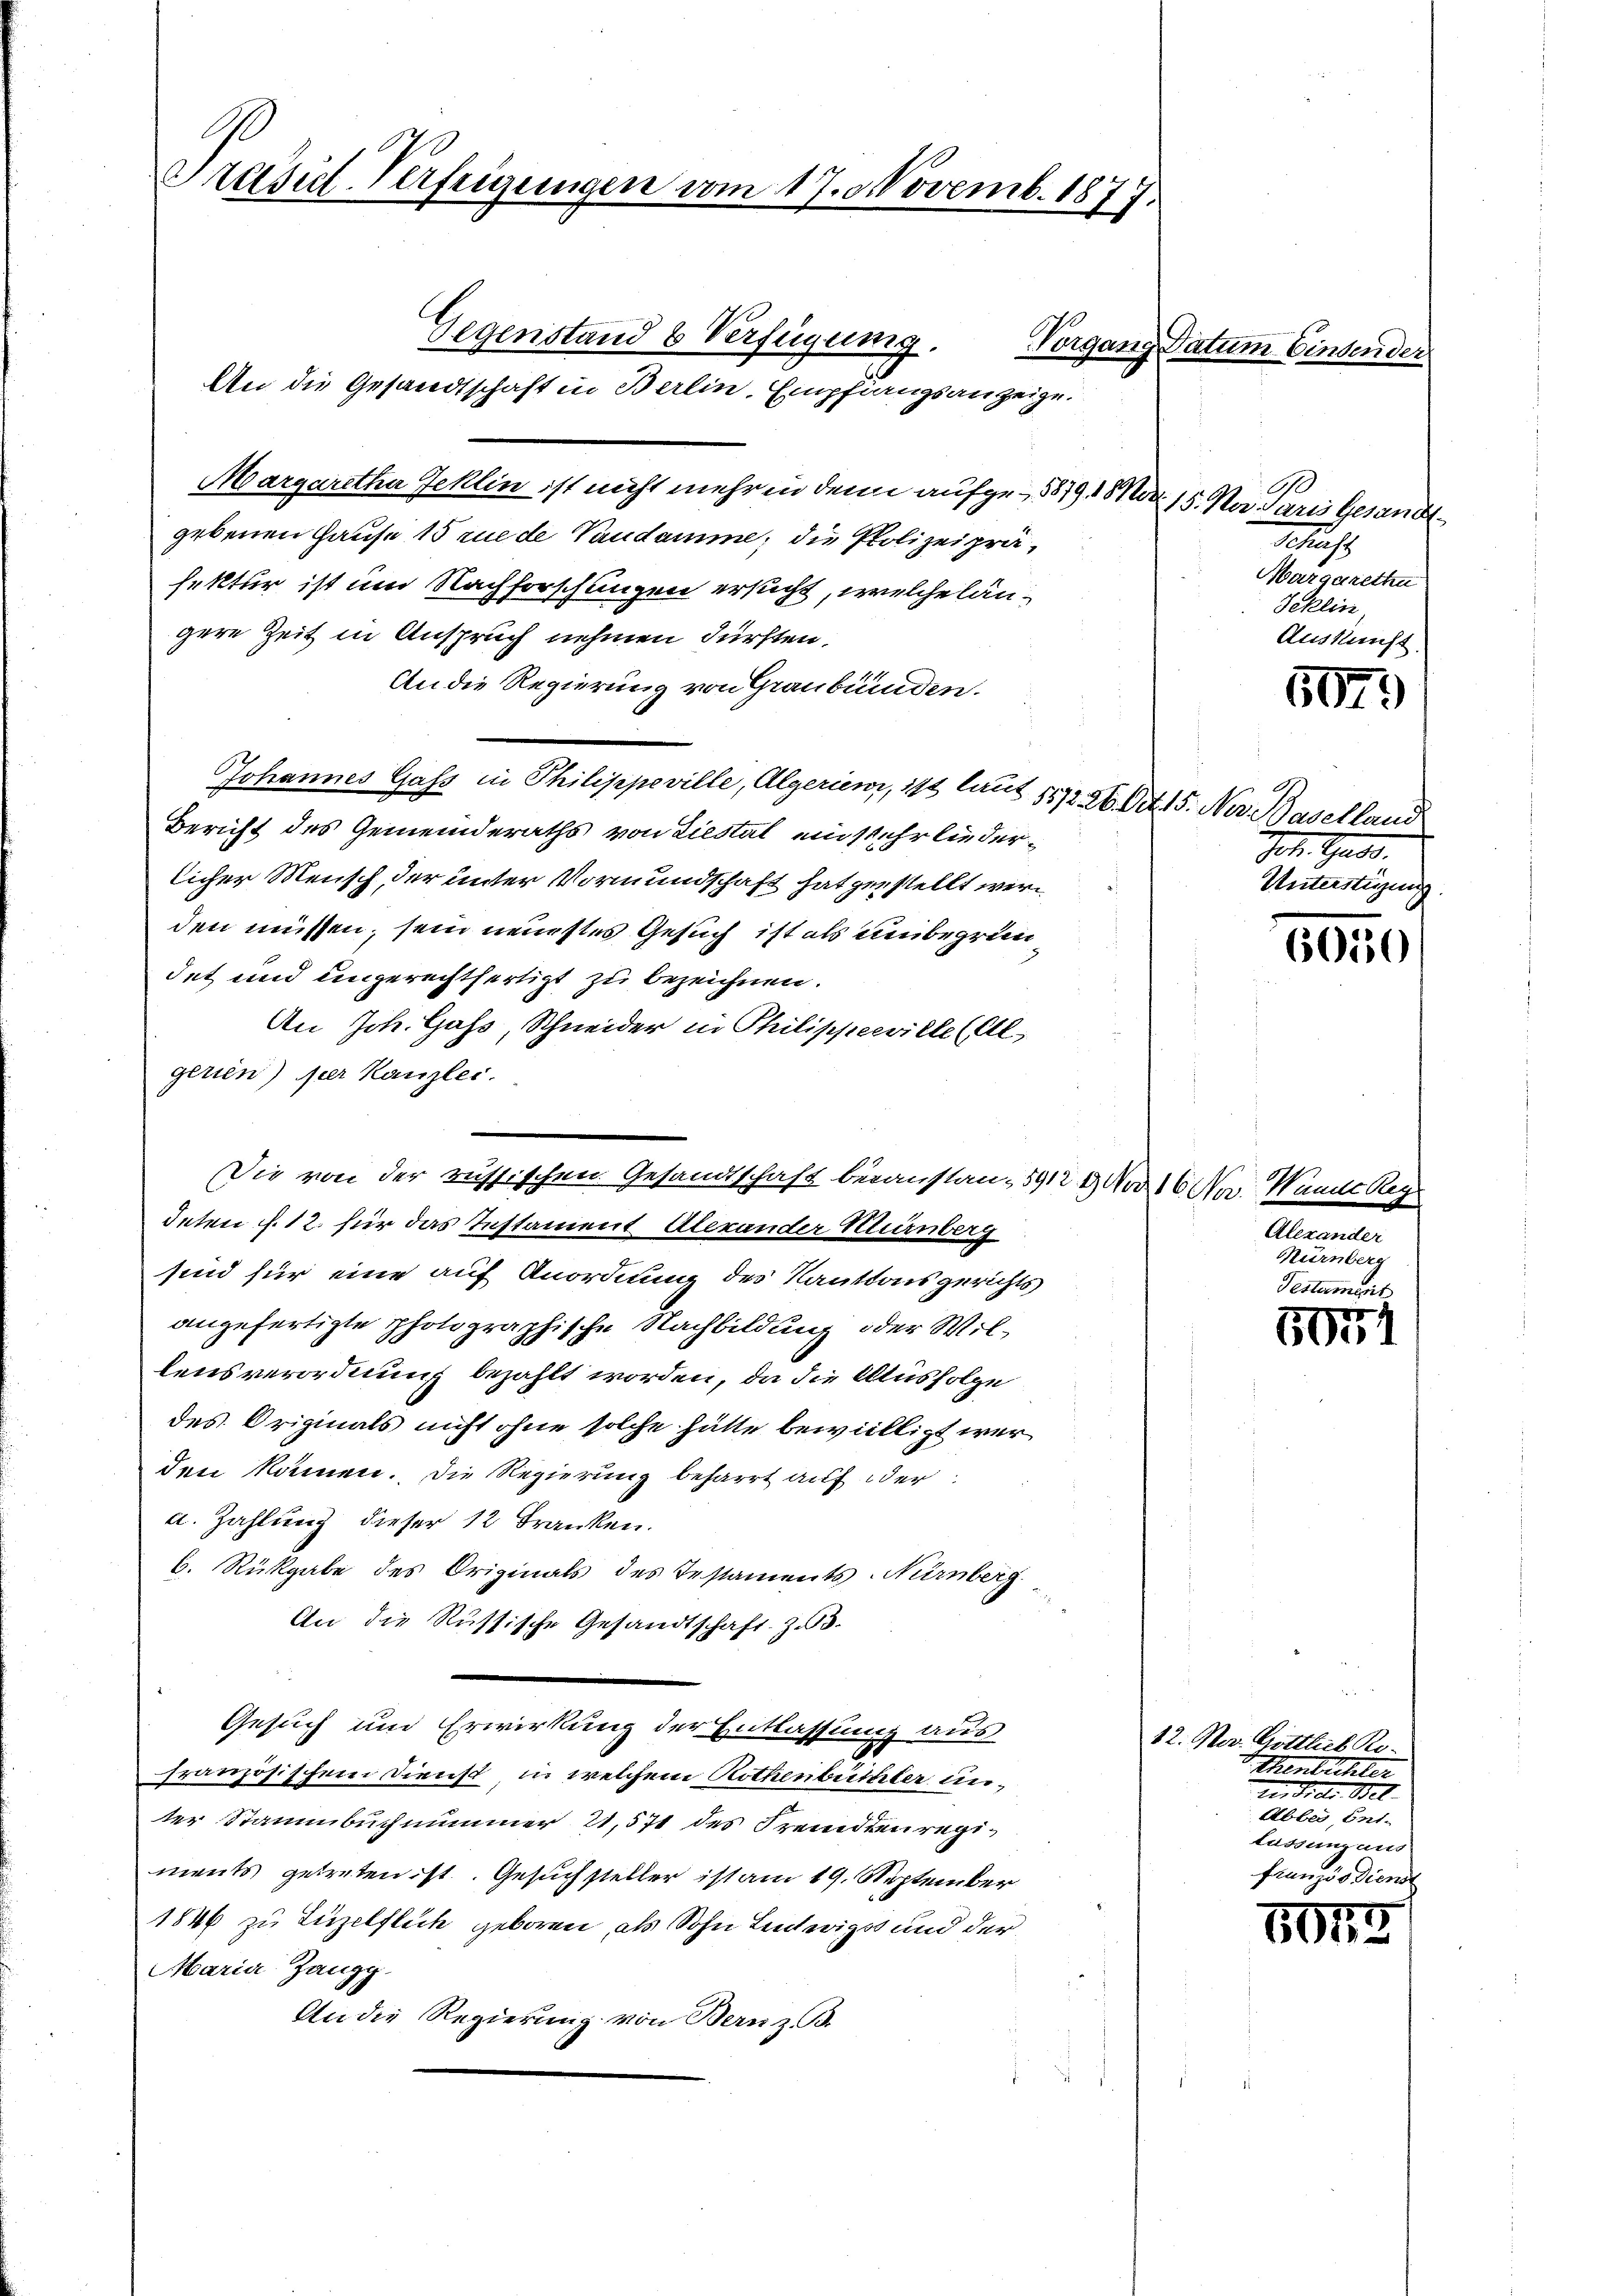
Präsid-Verfeigungen vom 17. Novemb. 1877.

An die Gesandtschaft in Berlin, Empfangsanzeige.
Margaretha Jeklin ist nicht mehr in den aufge-5879, 1 Mar. 15. Na daris Gesandtgebenen Hause 15 rue de Vaudamme, die Polizeipräfektur ist um Nachforschungen ersucht, welche längere Zeit in Anspruch nehmen dürften.
An die Regierung von Graubünden.
Johannes Gass in Philippeville, Algerien, ist laut 111 26. Oct. 15. Nur Baselland
Bericht des Gemeinderaths von Liestat ein sehr liederlicher Mensch, der unter Vormundschaft hat gestellt werden müssen, sein neuestes Gesuch ist als unbegründet und ungerechtfertigt zu bezeichnen.
An Joh. Gass, Schneider in Philippeeville (Al
gerien) per Kanzlei.
deten f. 12. für das Instament Alexander Kurnberg
sind für eine auf Anordnung des Kantonsgerichts
angefertigte photographische Nachbildung oder Wil-
lensverordnung bezahlt worden, da die Ausfolge
des Originals nicht ohne solche hätte bewilligt werden kämen. Die Regierung beharrt auf oder
a. Zahlung dieser 12 Franken.
b. Rückgabe des Originals des Testaments-Nürnberg
An die Russische Gesandtschaft. Z. B.
Gesuch und Erwirkung der Entlassung aus
französischem Dienst, in welchem Rothenbüchler unter Stammbuch nummer 21,571 des Fremdenregiments getreten ist. Gesuchsteller ist am 19. September
1846 zu Tüzelflich geboren, als Sohn Lintwigs und der
Maria Zangg.
An die Regierung von Bern z. B.

Gegenstand & Verfügung.

Die von der russischen Gesandtschaft berauslau, 5912 9 No 16 Non Wande Reg

Vorgang Datum binden der

0
t
Margarethe
Schlin
Auskunft

507.

A
et. Gass
Unterstüzung.

6050

Alexander
Nürnberg
Testament

591

12. Nov. Gottlich Ro-
Thenbüchler
rer Sidler Bet
Abbes, Entlassung aus
französdienst

5073